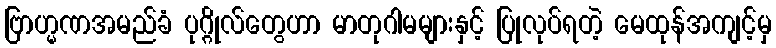
ဗြာဟ္မဏအမည်ခံ ပုဂ္ဂိုလ်တွေဟာ မာတုဂါမများနှင့် ပြုလုပ်ရတဲ့ မေထုန်အကျင့်မှ